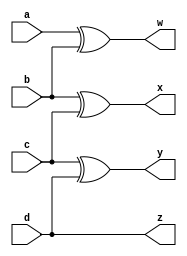
module binaryToGray (
input wire a,
input wire b,
input wire c,
input wire d,
output wire w,
output wire x,
output wire y,
output wire z
);
    assign z = d;
    assign y = c ^ d;
    assign x = b ^ c;
    assign w = a ^ b;
endmodule